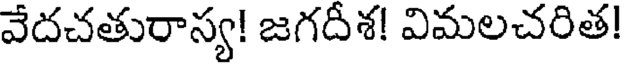
వేదచతురాస్య! జగదీశ! విమలచరిత!